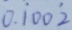
0 . \dot { 1 } 0 0 \dot { 2 }